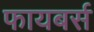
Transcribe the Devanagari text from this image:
फायबर्स